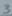
Text: 3